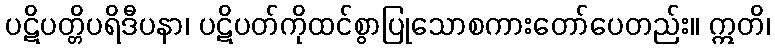
ပဋိပတ္တိပရိဒီပနာ၊ ပဋိပတ်ကိုထင်စွာပြုသောစကားတော်ပေတည်း။ ဣတိ၊